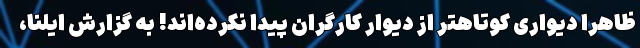
ظاهراً دیواری کوتاهتر از دیوار کارگران پیدا نکرده‌اند! به گزارش ایلنا،